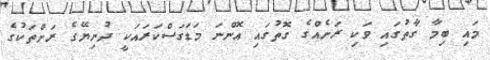
މައި ބިމާ ގާތުގައި ވަކި ރަށެއްގެ ގޮތުގައި އޮންނަ މަޑަގަސްކަރައަކީ ދުނިޔޭގެ ރަށްތަކުގެ